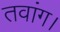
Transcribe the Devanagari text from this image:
तवांग।